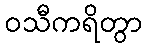
ဝသီကရိတွာ